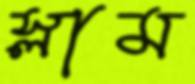
স্লাম